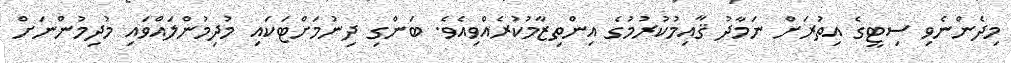
މިދެންނެވި ސިޓީގެ އިތުރަށް ނަމާދު ޤާއިމުކުރުމުގެ އިންތިޒާމުކުރެއްވިއެވެ. ބަންގި ދިނުމަށްޓަކައި މުދިމުންލައްވައި މުދިމުންނަށް